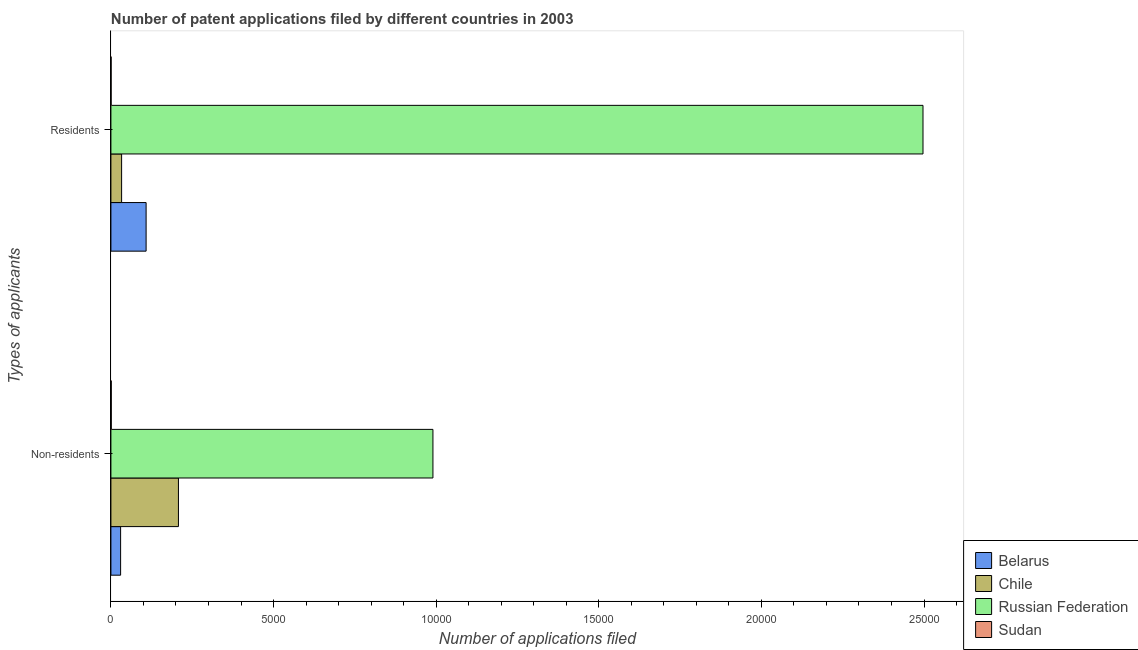
| Types of applicants | Belarus | Chile | Russian Federation | Sudan |
 | --- | --- | --- | --- | --- |
 | Non-residents | 298 | 2.08e+03 | 9.9e+03 | 11 |
 | Residents | 1.08e+03 | 329 | 2.5e+04 | 6 |